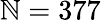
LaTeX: \mathbb{N}=377